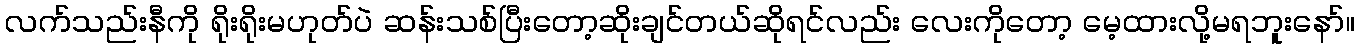
လက်သည်းနီကို ရိုးရိုးမဟုတ်ပဲ ဆန်းသစ်ပြီးတော့ဆိုးချင်တယ်ဆိုရင်လည်း လေးကိုတော့ မေ့ထားလို့မရဘူးနော်။